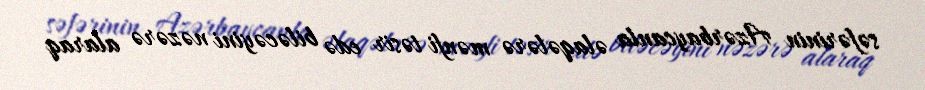
səfərinin Azərbaycanla əlaqələrə mənfi təsir edə biləcəyini nəzərə alaraq